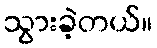
သွားခဲ့တယ်။